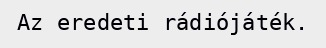
Az eredeti rádiójáték.